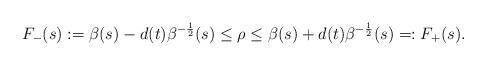
LaTeX: \begin{align*}F_{-}(s):=\beta(s)-d(t)\beta^{-\frac{1}{2}}(s)\leq\rho\leq\beta(s)+d(t)\beta^{-\frac{1}{2}}(s)=:F_{+}(s).\end{align*}